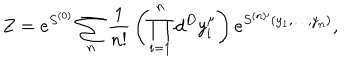
Z = e ^ { S ^ { ( 0 ) } } \sum _ { n } { \frac { 1 } { n ! } } \left( \prod _ { i = 1 } ^ { n } d ^ { D } y _ { i } ^ { \mu } \right) e ^ { S ^ { ( n ) \prime } ( y _ { 1 } , \dots , y _ { n } ) } ,